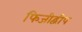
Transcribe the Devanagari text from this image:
फिजीद्वीप